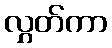
လွှတ်ကာ